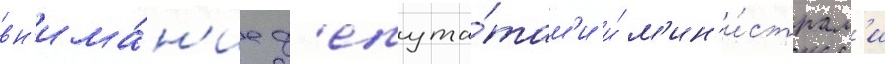
вн'има́н'ие д'епута́там'и и́ м'ин'и́страм'и